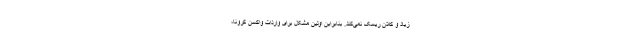
زیاد و کلان ریسک نمی‌کند. بنابراین اولین مشکل برای واردات واکسن کرونا،